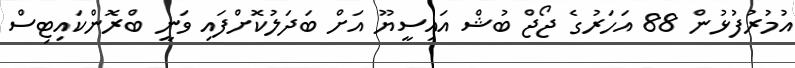
އުމުރުފުޅުން 88 އަހަރުގެ ޖޯޖް ބުޝް އައިސީޔޫ އަށް ބަދަލުކޮށްފައި ވަނީ ބްރޮންކައިޓިސް